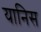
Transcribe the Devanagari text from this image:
यानिस